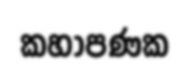
කහාපණක